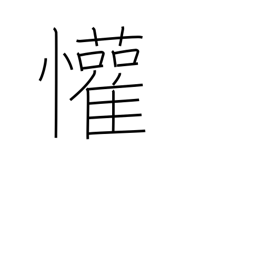
Meaning: rejoice